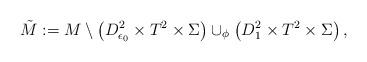
LaTeX: \begin{align*}\Tilde{M} := M \setminus \left( D^2_{\epsilon_0} \times T^2 \times \Sigma \right) \cup_\phi \left( D^2_1 \times T^2 \times \Sigma \right),\end{align*}